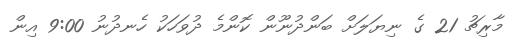
މާރިޗު 21 ގެ ނިޔަލަށް ބަންދުނޫން ކޮންމެ ދުވަހަކު ހެނދުނު 9:00 އިން